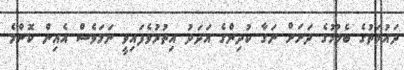
ދައުލަތުގެ ބެލުމުގެ ދަށަށް ނަގާ ކުދިންގެ އަދަދު އިތުރުވެފައިވީ ނަމަވެސް އެއިން ކޮންމެ